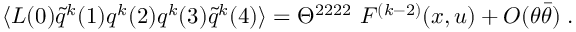
\langle { \cal L } ( 0 ) \tilde { q } ^ { k } ( 1 ) q ^ { k } ( 2 ) q ^ { k } ( 3 ) \tilde { q } ^ { k } ( 4 ) \rangle = \Theta ^ { 2 2 2 2 } \ F ^ { ( k - 2 ) } ( x , u ) + O ( \theta \bar { \theta } ) \; .